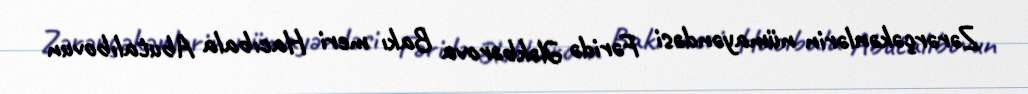
Zərərçəkənlərin nümayəndəsi Fəridə Ələkbərova Bakı meri Hacıbala Abutalıbovun